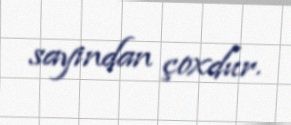
sayından çoxdur.